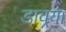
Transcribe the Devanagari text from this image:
डावर्‍या